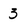
Character: 3